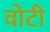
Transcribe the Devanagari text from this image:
वोटी